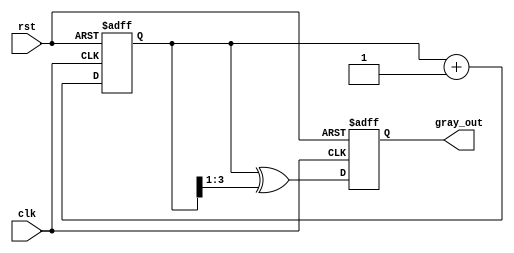
module gray_code_counter (
    input wire clk,        // Clock signal
    input wire rst,        // Asynchronous reset signal
    output reg [N-1:0] gray_out // Gray code output
);
    parameter N = 4; // Width of the counter (number of bits)

    reg [N-1:0] bin_count; // Binary counter

    // Binary to Gray code conversion
    wire [N-1:0] gray_code;
    assign gray_code = bin_count ^ (bin_count >> 1);

    // Counter logic
    always @(posedge clk or posedge rst) begin
        if (rst) begin
            bin_count <= 0; // Initialize binary counter to 0
        end else begin
            bin_count <= bin_count + 1; // Increment binary counter
        end
    end

    // Update Gray code output
    always @(posedge clk or posedge rst) begin
        if (rst) begin
            gray_out <= 0; // Initialize Gray code output to 0
        end else begin
            gray_out <= gray_code; // Update Gray code output
        end
    end

endmodule